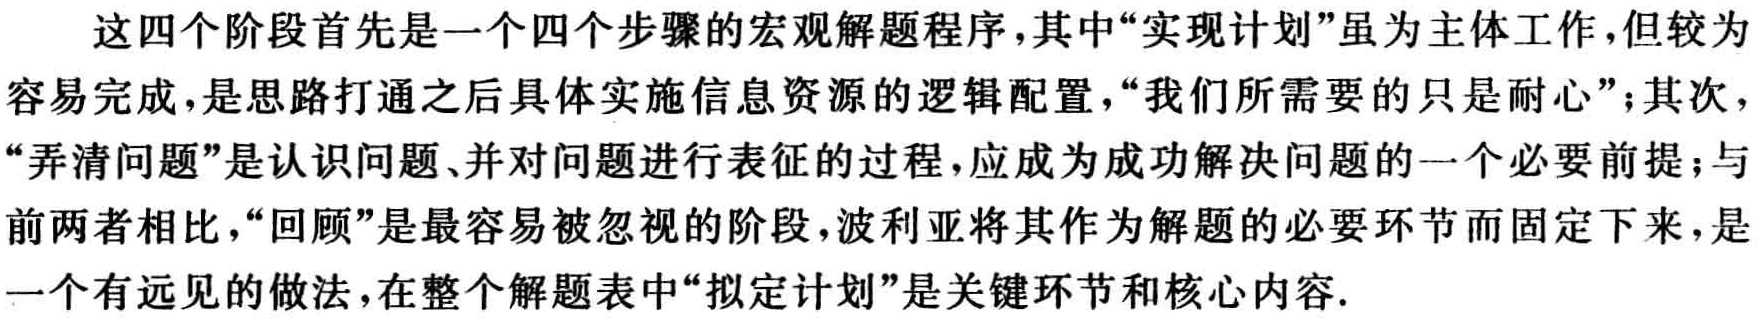
这四个阶段首先是一个四个步骤的宏观解题程序，其中“实现计划”虽为主体工作，但较为容易完成，是思路打通之后具体实施信息资源的逻辑配置，“我们所需要的只是耐心”；其次，“弄清问题”是认识问题、并对问题进行表征的过程，应成为成功解决问题的一个必要前提；与前两者相比，“回顾”是最容易被忽视的阶段，波利亚将其作为解题的必要环节而固定下来，是一个有远见的做法，在整个解题表中“拟定计划”是关键环节和核心内容.